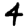
Digit: 4